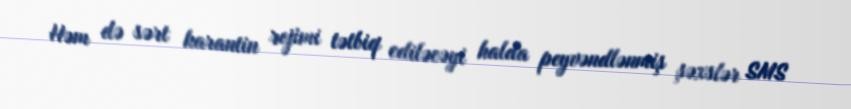
Həm də sərt karantin rejimi tətbiq ediləcəyi halda peyvəndlənmiş şəxslər SMS